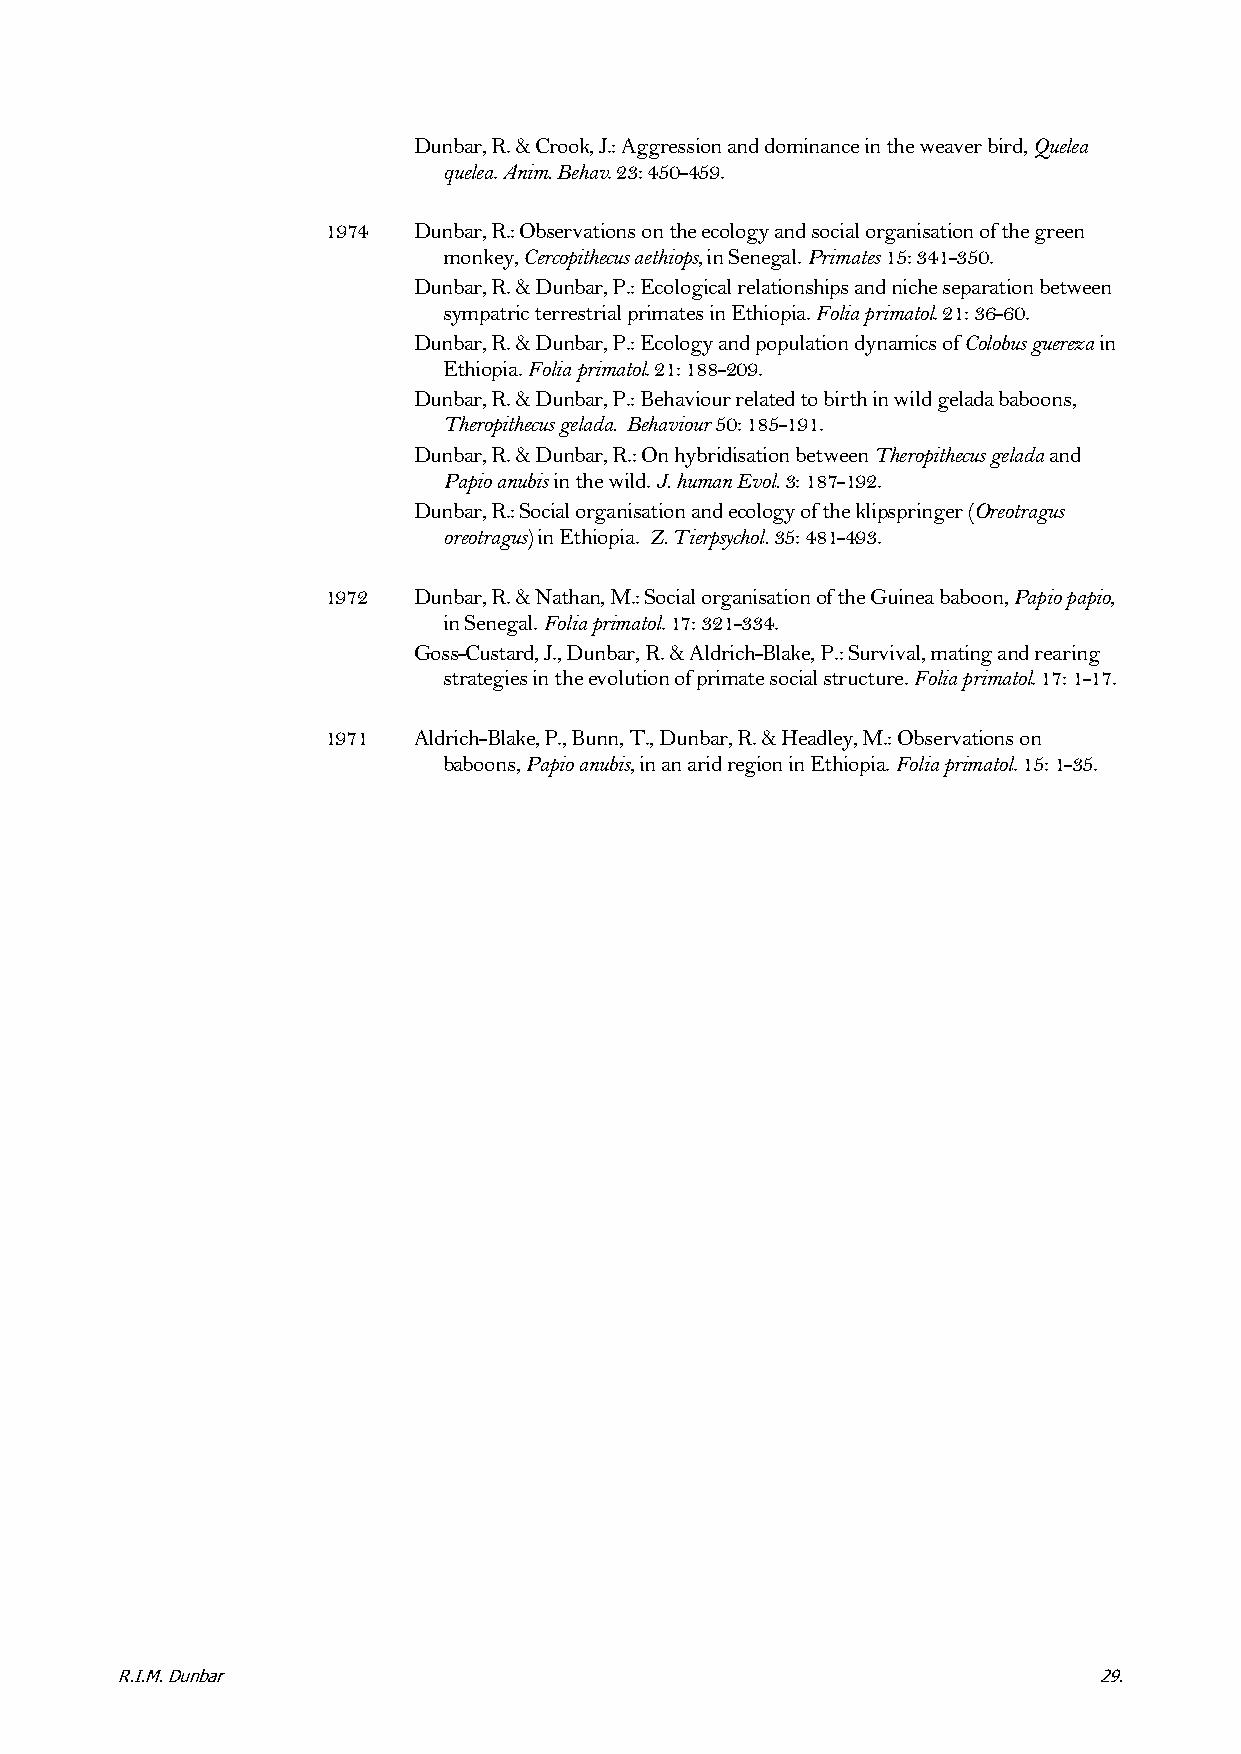
Dunbar, R. & Crook, J.: Aggression and dominance in the weaver bird, Quelea
 quelea. Anim. Behav. 23: 450-459.
 1974 Dunbar, R.: Observations on the ecology and social organisation of the green
 monkey, Cercopithecus aethiops, in Senegal. Primates 15: 341-350.
 Dunbar, R. & Dunbar, P.: Ecological relationships and niche separation between
 sympatric terrestrial primates in Ethiopia. Folia primatol. 21: 36-60.
 Dunbar, R. & Dunbar, P.: Ecology and population dynamics of Colobus guereza in
 Ethiopia. Folia primatol. 21: 188-209.
 Dunbar, R. & Dunbar, P.: Behaviour related to birth in wild gelada baboons,
 Theropithecus gelada. Behaviour 50: 185-191.
 Dunbar, R. & Dunbar, R.: On hybridisation between Theropithecus gelada and
 Papio anubis in the wild. J. human Evol. 3: 187-192.
 Dunbar, R.: Social organisation and ecology of the klipspringer (Oreotragus
 oreotragus) in Ethiopia. Z. Tierpsychol. 35: 481-493.
 1972 Dunbar, R. & Nathan, M.: Social organisation of the Guinea baboon, Papio papio,
 in Senegal. Folia primatol. 17: 321-334.
 Goss-Custard, J., Dunbar, R. & Aldrich-Blake, P.: Survival, mating and rearing
 strategies in the evolution of primate social structure. Folia primatol. 17: 1-17.
 1971 Aldrich-Blake, P., Bunn, T., Dunbar, R. & Headley, M.: Observations on
 baboons, Papio anubis, in an arid region in Ethiopia. Folia primatol. 15: 1-35.
 R.I.M. Dunbar                                                    29.